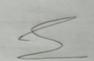
Signature authenticity: genuine